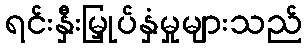
ရင်းနှီးမြှုပ်နှံမှုများသည်